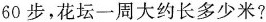
60步，花坛一周大约长多少米?